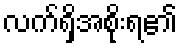
လက်ရှိအစိုးရ၏